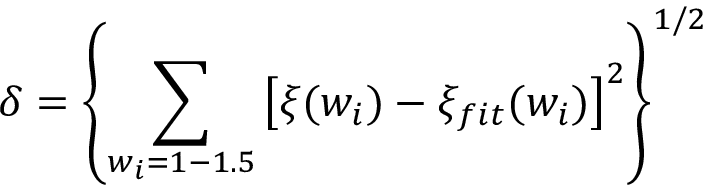
\delta = \left\{ \sum _ { w _ { i } = 1 - 1 . 5 } \left[ \xi ( w _ { i } ) - \xi _ { f i t } ( w _ { i } ) \right] ^ { 2 } \right\} ^ { 1 / 2 }